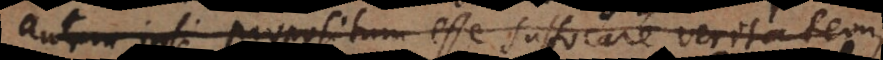
autem ipsi propositum esse suffocare veritatem,